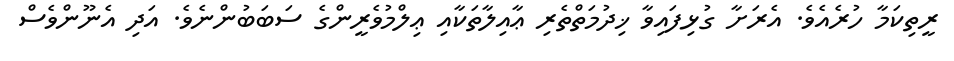
ރީތިކަމާ ހުރެއެވެ. އެރަށާ ގުޅިފައިވާ ޚިދުމަތްތެރި ޢާއިލާތަކާއި ޢިލްމުވެރީންގެ ސަބަބުންނެވެ. އަދި އެނޫންވެސް